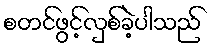
စတင်ဖွင့်လှစ်ခဲ့ပါသည်